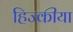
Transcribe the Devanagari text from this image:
हिज्कीया